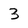
Character: 3